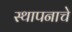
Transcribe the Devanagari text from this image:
स्थापनाचे